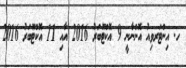
ހ. އިންޓަރވިއު އޮންނާނީ 9 އޮކްޓޫބަރު 2016 އާއި 11 އޮކްޓޫބަރު 2016